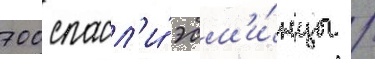
700 спасл'и́ эсм'и́нцы /